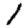
Digit: 1